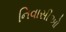
નિવાસીઓ